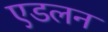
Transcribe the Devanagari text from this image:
एडलन